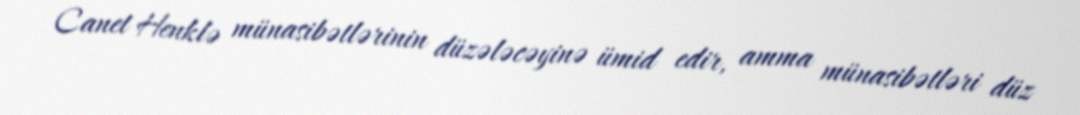
Canet Henklə münasibətlərinin düzələcəyinə ümid edir, amma münasibətləri düz